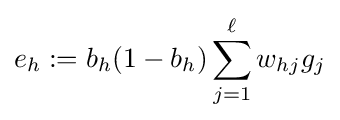
e_{h}:=b_{h}(1-b_{h})\sum _{j=1}^{\ell }w_{hj}g_{j}